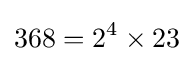
368=2^{4}\times 23